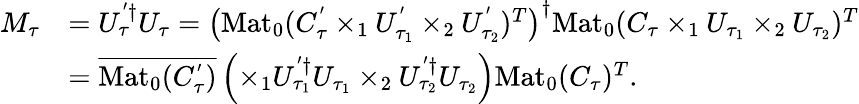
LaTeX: \begin{array}{rl}{M_{\tau}}&{=U_{\tau}^{'\dagger}U_{\tau}=\left(\mathrm{Mat}_{0}(C_{\tau}^{'}\times_{1}U_{\tau_{1}}^{'}\times_{2}U_{\tau_{2}}^{'})^{T}\right)^{\dagger}\mathrm{Mat}_{0}(C_{\tau}\times_{1}U_{\tau_{1}}\times_{2}U_{\tau_{2}})^{T}}\\ &{=\overline{{\mathrm{Mat}_{0}(C_{\tau}^{'})}}\left(\times_{1}U_{\tau_{1}}^{'\dagger}U_{\tau_{1}}\times_{2}U_{\tau_{2}}^{'\dagger}U_{\tau_{2}}\right)\mathrm{Mat}_{0}(C_{\tau})^{T}.}\end{array}